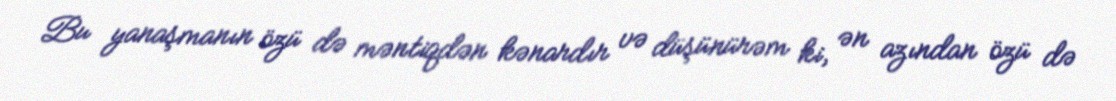
Bu yanaşmanın özü də məntiqdən kənardır və düşünürəm ki, ən azından özü də